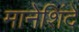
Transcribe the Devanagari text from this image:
मानेशिंदे